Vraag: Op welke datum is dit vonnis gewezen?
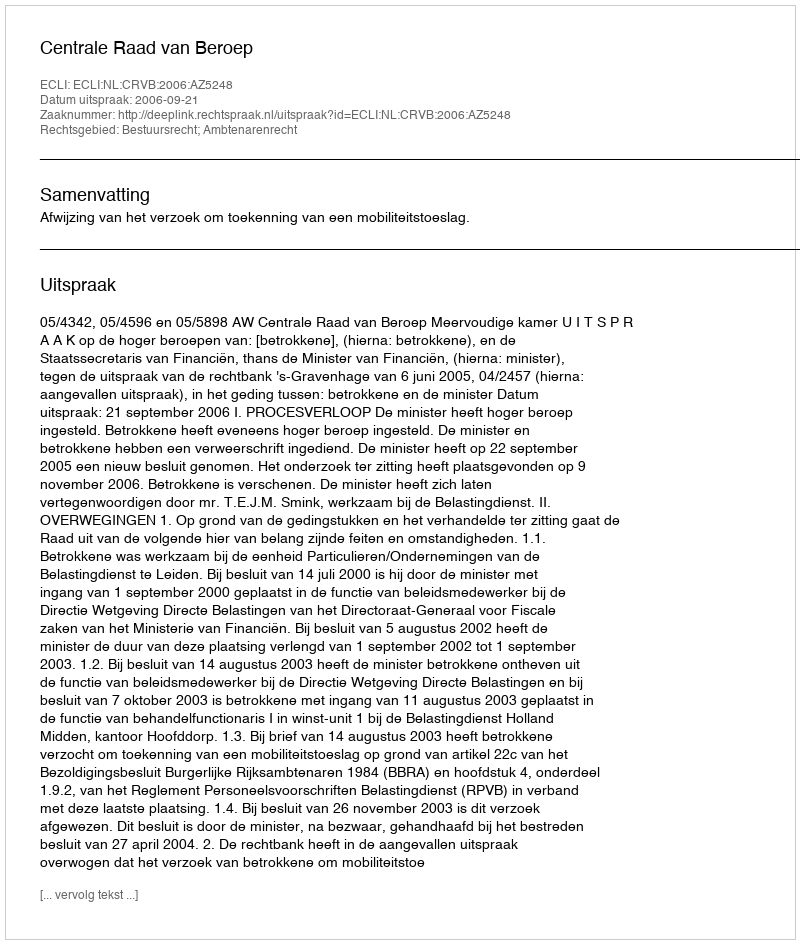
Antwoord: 2006-09-21